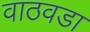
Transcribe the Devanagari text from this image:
वाठवडा